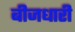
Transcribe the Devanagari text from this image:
बीजधारी